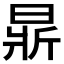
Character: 𣈈